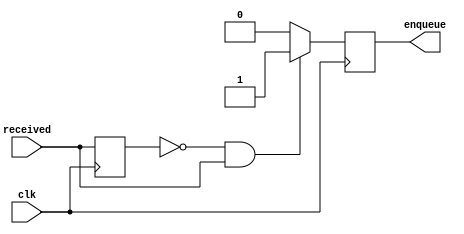
`timescale 1ns / 1ps
//////////////////////////////////////////////////////////////////////////////////
// Company: 
// Engineer: 
// 
// Design Name: 
// Module Name: queueController
// Project Name: 
// Target Devices: 
// Tool Versions: 
// Description: 
// 
// Dependencies: 
// 
// Revision:
// Revision 0.01 - File Created
// Additional Comments:
// 
//////////////////////////////////////////////////////////////////////////////////


module queueController (
  input wire clk,
  input wire received,
  output reg enqueue
);

  reg old_received;
  
  initial begin
    old_received = 1;
  end
  
  always @ (posedge clk) begin
    if (!old_received & received) enqueue <= 1;
    else enqueue <= 0;
    old_received <= received;
  end

endmodule